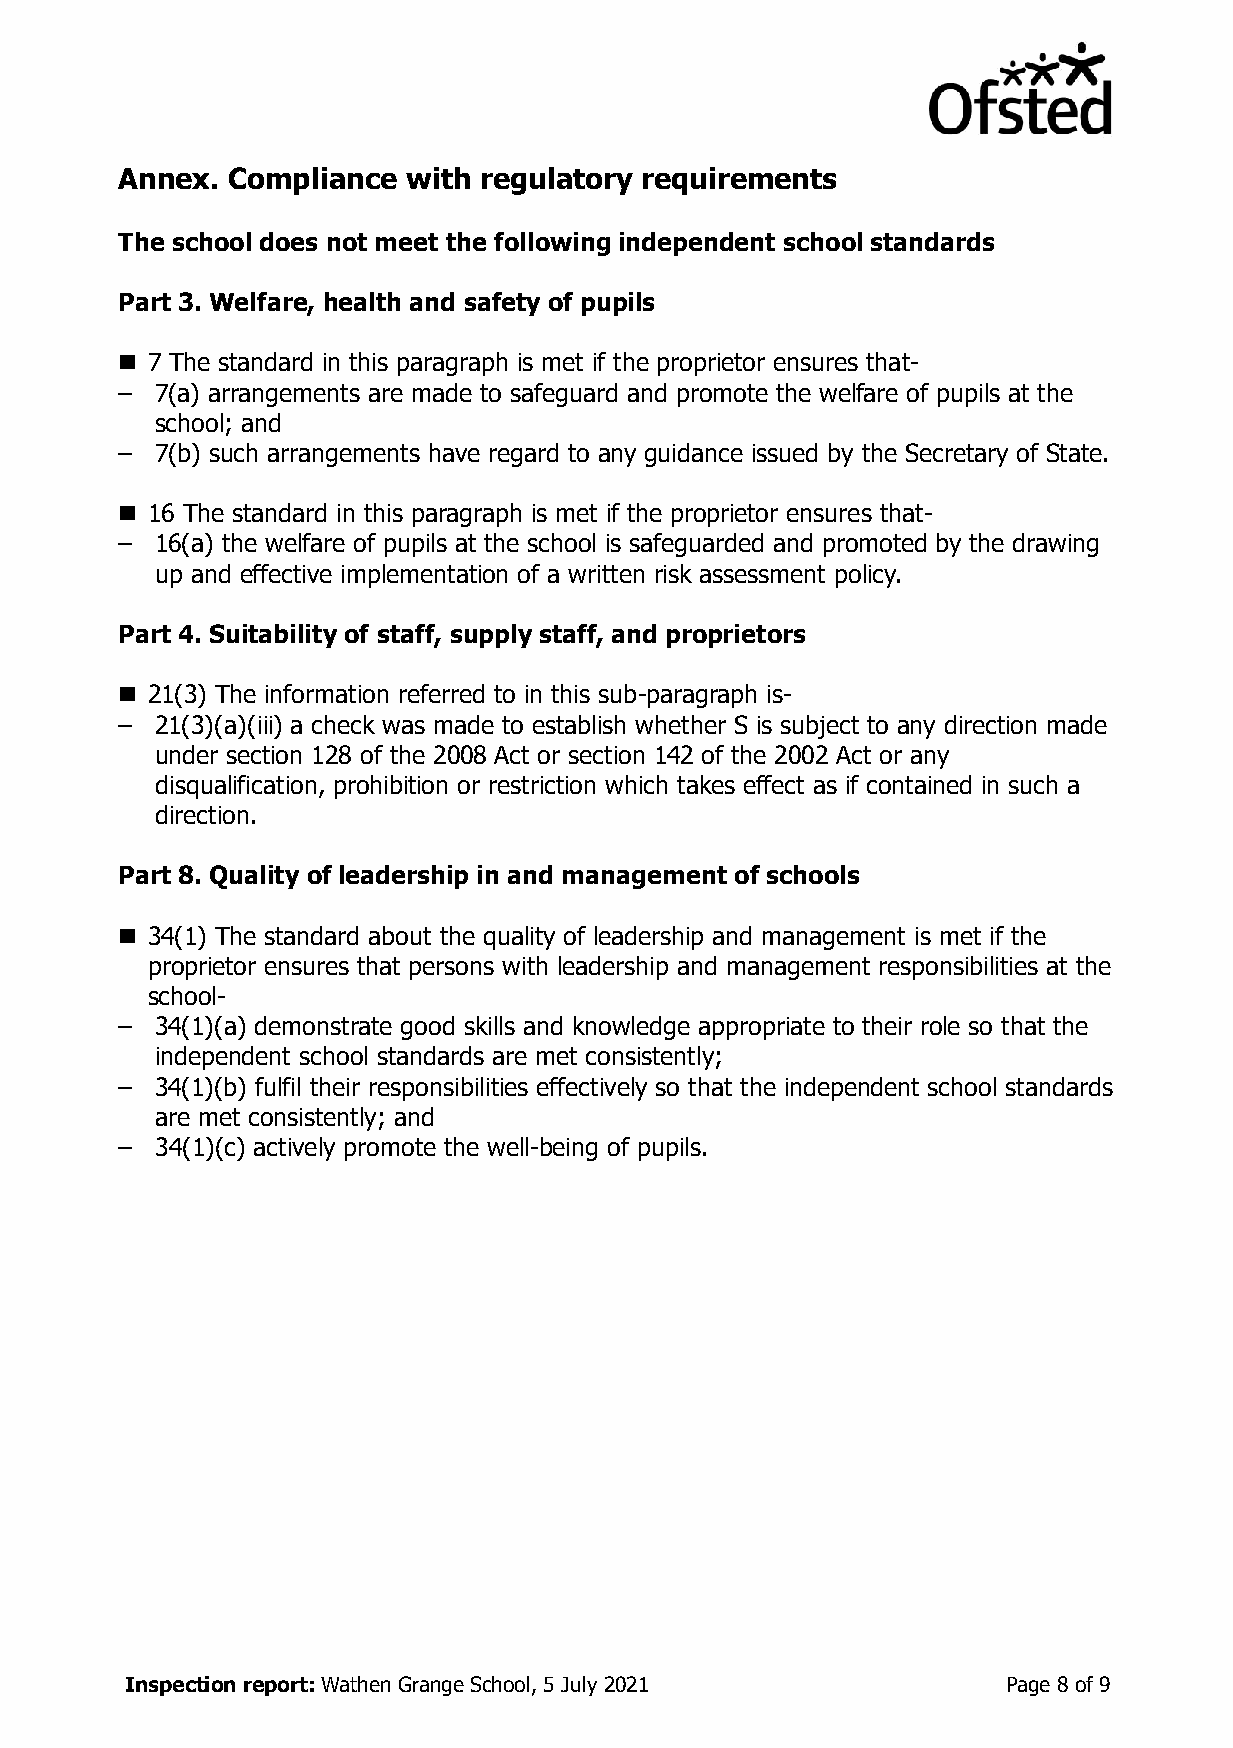
Annex. Compliance  with regulatory requirements
 The school does not meet the following independent school standards
 Part 3. Welfare, health and safety of pupils
 ◼ 7 The standard in this paragraph is met if the proprietor ensures that-
 – 7(a) arrangements are made to safeguard and promote the welfare of pupils at the
 school; and
 – 7(b) such arrangements have regard to any guidance issued by the Secretary of State.
 ◼ 16 The standard in this paragraph is met if the proprietor ensures that-
 – 16(a) the welfare of pupils at the school is safeguarded and promoted by the drawing
 up and effective implementation of a written risk assessment policy.
 Part 4. Suitability of staff, supply staff, and proprietors
 ◼ 21(3) The information referred to in this sub-paragraph is-
 – 21(3)(a)(iii) a check was made to establish whether S is subject to any direction made
 under section 128 of the 2008 Act or section 142 of the 2002 Act or any
 disqualification, prohibition or restriction which takes effect as if contained in such a
 direction.
 Part 8. Quality of leadership in and management of schools
 ◼ 34(1) The standard about the quality of leadership and management is met if the
 proprietor ensures that persons with leadership and management responsibilities at the
 school-
 – 34(1)(a) demonstrate good skills and knowledge appropriate to their role so that the
 independent school standards are met consistently;
 – 34(1)(b) fulfil their responsibilities effectively so that the independent school standards
 are met consistently; and
 – 34(1)(c) actively promote the well-being of pupils.
 Inspection report: Wathen Grange School, 5 July 2021       Page 8 of 9